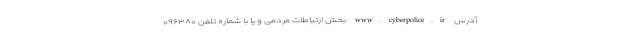
آدرس www.cyberpolice.ir بخش ارتباطات مردمی و یا با شماره تلفن ۰۹۶۳۸۰